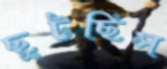
ছুটছিস